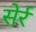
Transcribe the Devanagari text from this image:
सेर्र